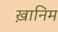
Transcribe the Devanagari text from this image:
ख़ानिम